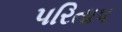
પરિતાપ